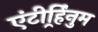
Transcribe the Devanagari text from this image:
एंटीर्र्हिनुम